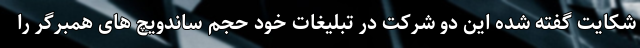
شکایت گفته شده این دو شرکت در تبلیغات خود حجم ساندویچ های همبرگر را